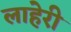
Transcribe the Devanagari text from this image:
लाहेरी